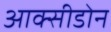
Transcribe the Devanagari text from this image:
आक्सीडोन